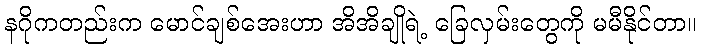
နဂိုကတည်းက မောင်ချစ်အေးဟာ အိအိချိုရဲ့ ခြေလှမ်းတွေကို မမီနိုင်တာ။